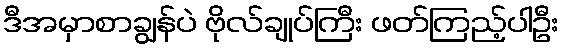
ဒီအမှာစာချွန်ပဲ ဗိုလ်ချုပ်ကြီး ဖတ်ကြည့်ပါဦး